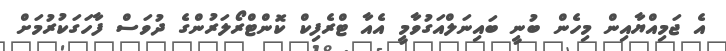
އެ ޖަމިއްޔާއިން މިހެން ބުނީ ބައިނަލްއަގުވާމީ އެއާ ޓްރެފިކް ކޮންޓްރޯލަރުންގެ ދުވަސް ފާހަގަކުރުމަށް